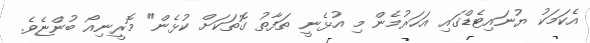
އެކަމަކު ޔުނައިޓެޑްގައި އަހަރުމެން މި އުޅެނީ ތަފާތު ގޮތަކަށް ކުޅެން" މޮރީނިއޯ ބުންޏެވެ.